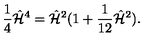
{ \frac { 1 } { 4 } } \hat { \cal H } ^ { 4 } = \hat { \cal H } ^ { 2 } ( 1 + { \frac { 1 } { 1 2 } } \hat { \cal H } ^ { 2 } ) .